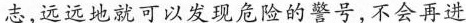
志，远远地就可以发现危险的警号，不会再进